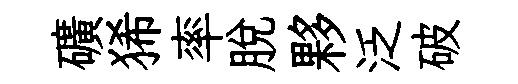
礦狶率脱夥泛破